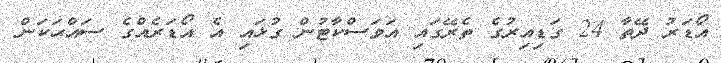
އޯޑަރު ދޭތާ 24 ގަޑިއިރުގެ ތެރޭގައި އަވަސްކާޓުން ގުޅައި އެ އޯޑަރެއްގެ ސައްޙަކަން